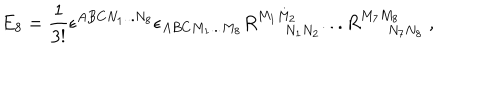
E _ { 8 } = { \frac { 1 } { 3 ! } } \epsilon ^ { A B C N _ { 1 } . . . N _ { 8 } } \epsilon _ { A B C M _ { 1 } . . . M _ { 8 } } R _ { N _ { 1 } N _ { 2 } } ^ { M _ { 1 } M _ { 2 } } . . . R _ { N _ { 7 } N _ { 8 } } ^ { M _ { 7 } M _ { 8 } } \ ,